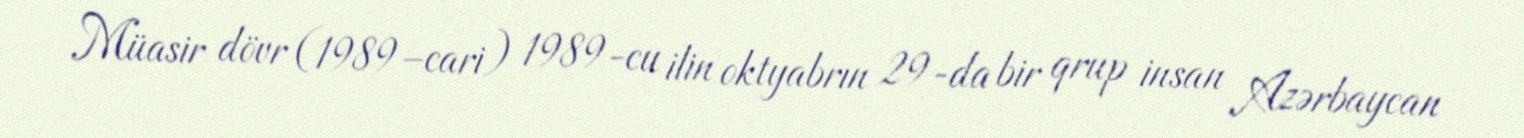
Müasir dövr (1989–cari) 1989-cu ilin oktyabrın 29-da bir qrup insan Azərbaycan